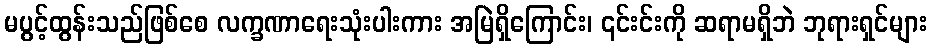
မပွင့်ထွန်းသည်ဖြစ်စေ လက္ခဏာရေးသုံးပါးကား အမြဲရှိကြောင်း၊ ၎င်းင်းကို ဆရာမရှိဘဲ ဘုရားရှင်များ